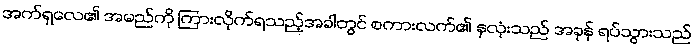
အက်ရှလေ၏ အမည်ကို ကြားလိုက်ရသည့်အခါတွင် စကားလက်၏ နှလုံးသည် အခုန် ရပ်သွားသည်